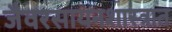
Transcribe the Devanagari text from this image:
जैवरसायनशास्त्रात